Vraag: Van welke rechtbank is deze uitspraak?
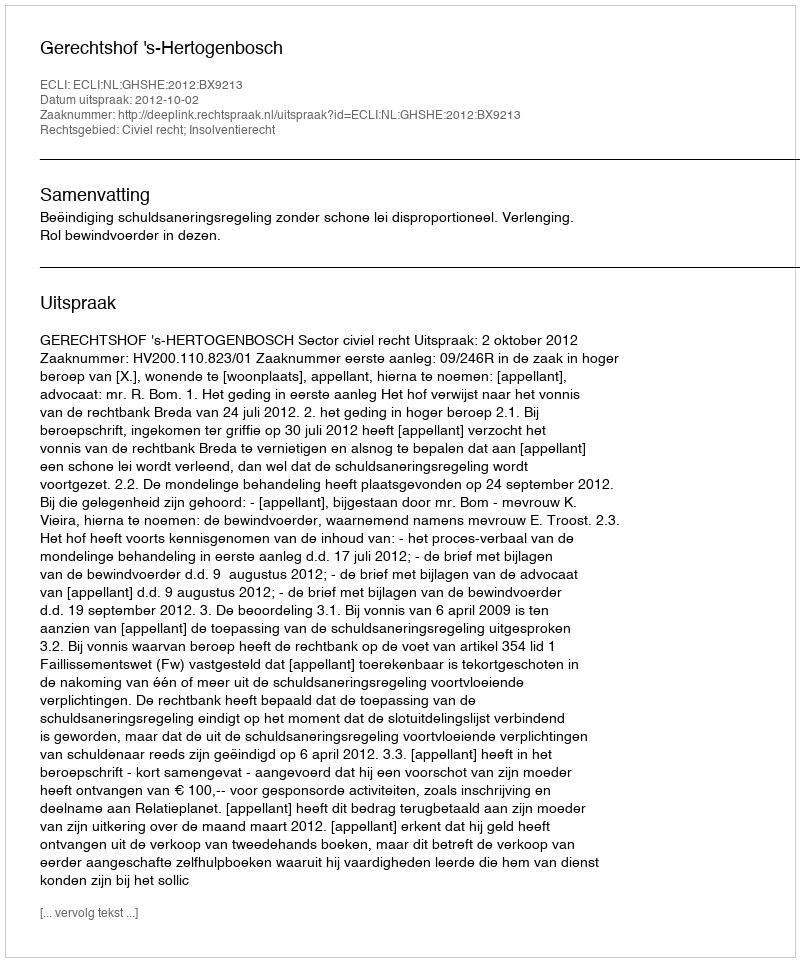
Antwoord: Gerechtshof 's-Hertogenbosch